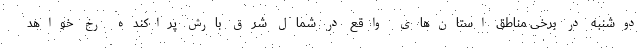
دوشنبه در برخی مناطق استان‌های واقع در شمال شرق بارش پراکنده رخ خواهد